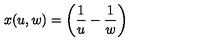
x ( u , w ) = \left( { \frac { 1 } { u } } - { \frac { 1 } { w } } \right)